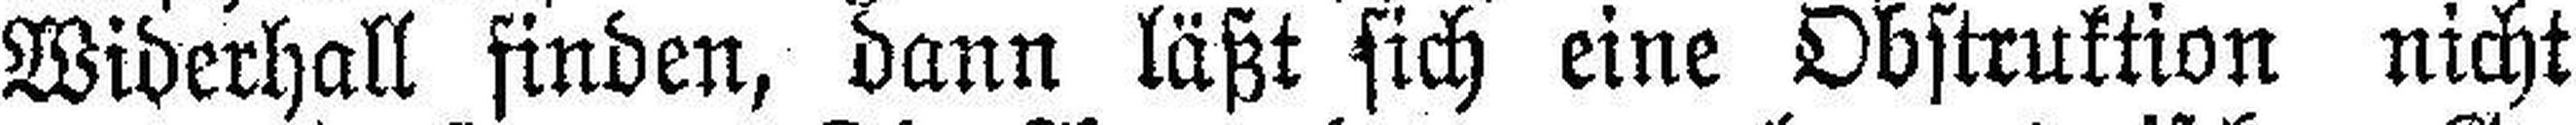
Widerhall finden, dann läßt sich eine Obstruktion nicht